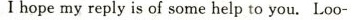
I hope my reply is of some help to you.Loo-